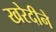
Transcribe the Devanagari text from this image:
खरेदीने